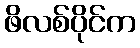
ဖိလစ်ပိုင်က